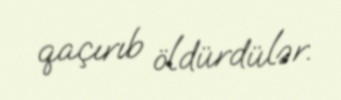
qaçırıb öldürdülər.